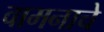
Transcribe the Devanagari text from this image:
वामनाचे